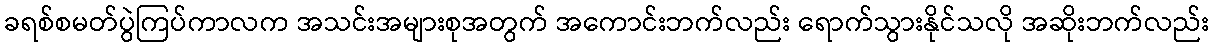
ခရစ်စမတ်ပွဲကြပ်ကာလက အသင်းအများစုအတွက် အကောင်းဘက်လည်း ရောက်သွားနိုင်သလို အဆိုးဘက်လည်း